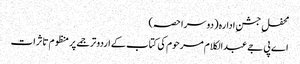
محفلِ جشنِ ادارہ (دوسرا حصہ)
اے پی جے عبدالکلام مرحوم کی کتاب کے اردو ترجمے پر منظوم تاثرات